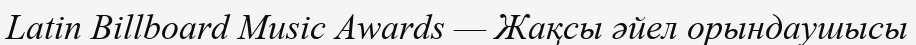
Latin Billboard Music Awards — Жақсы әйел орындаушысы